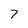
Character: 7